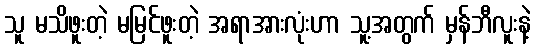
သူ မသိဖူးတဲ့ မမြင်ဖူးတဲ့ အရာအားလုံးဟာ သူ့အတွက် မှန်ဘီလူးနဲ့